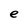
Character: e